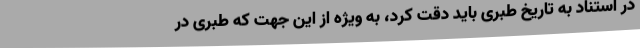
در استناد به تاریخ طبری باید دقت کرد، به ویژه از این جهت که طبری در